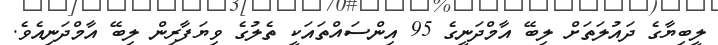
ލީބިޔާގެ ދައުލަތަށް ލިބޭ އާމްދަނީގެ 95 އިންސައްތައަކީ ތެލުގެ ވިޔަފާރިން ލިބޭ އާމްދަނިއެވެ.